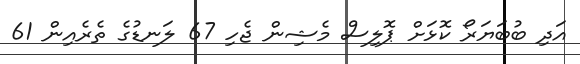
އަދި ބުބަޔަރޯ ކޮޅަށް ޕޮލިސް މެޝިން ޖެހި 67 ލަނޑުގެ ތެރެއިން 61